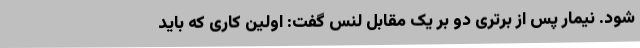
شود. نیمار پس از برتری دو بر یک مقابل لنس گفت: اولین کاری که باید